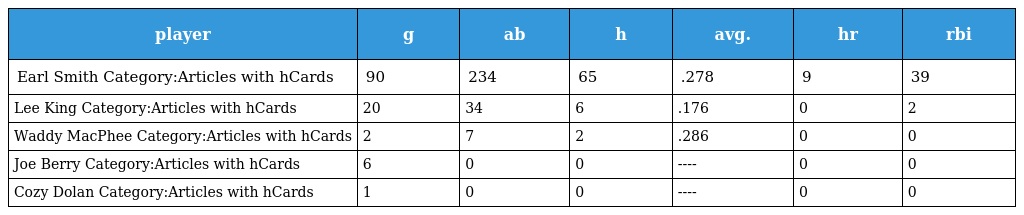
| player | g | ab | h | avg. | hr | rbi |
 | --- | --- | --- | --- | --- | --- | --- |
 | Earl Smith Category:Articles with hCards | 90 | 234 | 65 | .278 | 9 | 39 |
 | Lee King Category:Articles with hCards | 20 | 34 | 6 | .176 | 0 | 2 |
 | Waddy MacPhee Category:Articles with hCards | 2 | 7 | 2 | .286 | 0 | 0 |
 | Joe Berry Category:Articles with hCards | 6 | 0 | 0 | ---- | 0 | 0 |
 | Cozy Dolan Category:Articles with hCards | 1 | 0 | 0 | ---- | 0 | 0 |